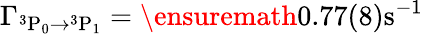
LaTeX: \Gamma_{{}^{3}\mathrm{P}_{0}\rightarrow{}^{3}\mathrm{P}_{1}}=\ensuremath{0.77(8)\mathrm{s}^{-1}}